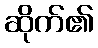
ဆိုက်၏